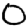
Digit: 0